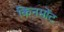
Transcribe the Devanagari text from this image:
किनमोंट